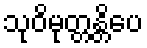
သုဝိမုတ္တန္တိပေ